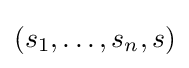
(s_{1},\dots ,s_{n},s)